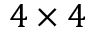
4 \times 4